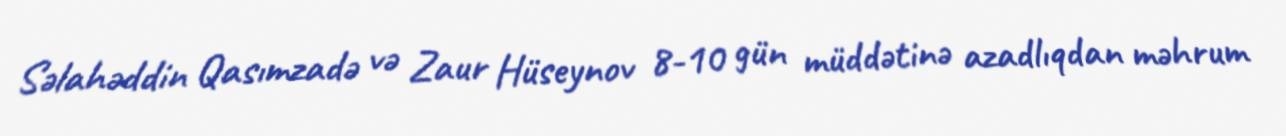
Səlahəddin Qasımzadə və Zaur Hüseynov 8-10 gün müddətinə azadlıqdan məhrum